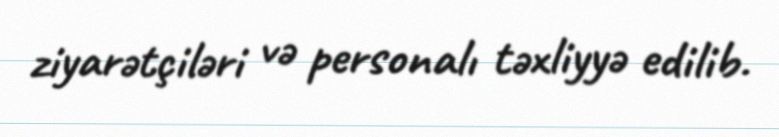
ziyarətçiləri və personalı təxliyyə edilib.